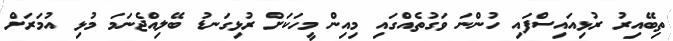
ތިބޭއިރު ރުޅިއައިސްފައި ހުންނަ ވަގުތެއްގައި މިއިން މީހަކަށް ރުޅިގަނޑު ބޭލިއްޖެނަމަ މުޅި އުމަރަށް